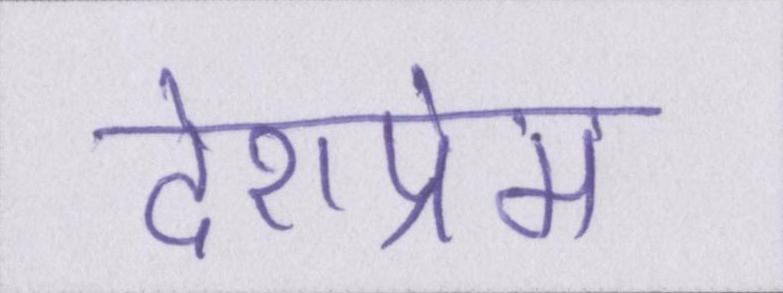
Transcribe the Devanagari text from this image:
देशप्रेम